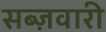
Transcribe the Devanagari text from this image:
सब्ज़वारी